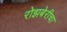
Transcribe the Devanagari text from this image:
रोझबेरीचा